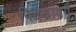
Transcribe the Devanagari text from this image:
पिछडावर्ग